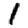
Digit: 1